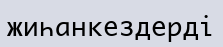
жиһанкездерді